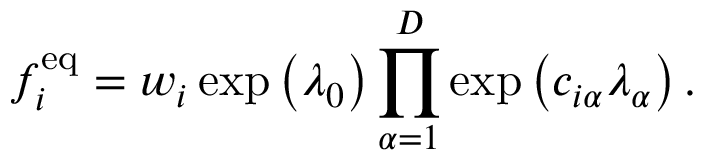
f _ { i } ^ { \mathrm { e q } } = w _ { i } \exp \left( \lambda _ { 0 } \right) \prod _ { \alpha = 1 } ^ { D } \exp \left( c _ { i \alpha } \lambda _ { \alpha } \right) .